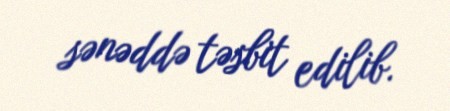
sənəddə təsbit edilib.